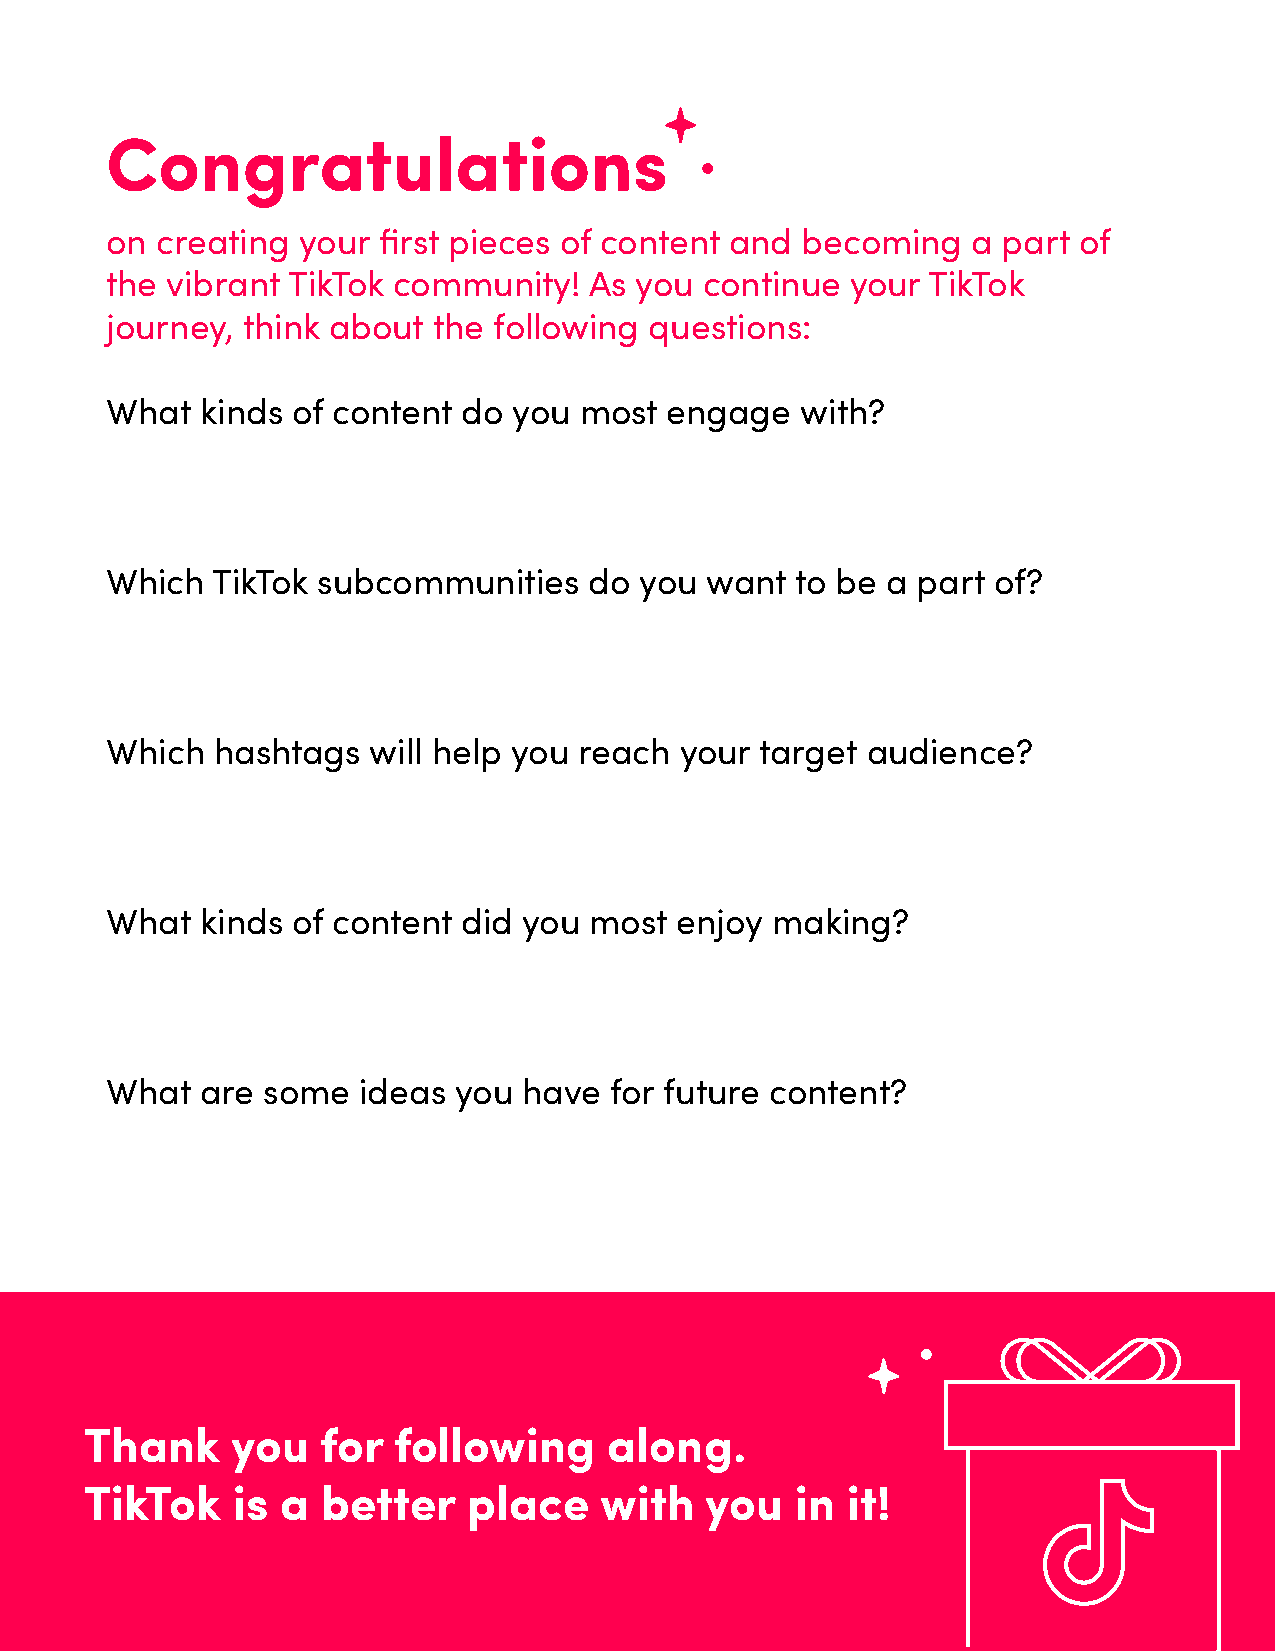
Congratulations
 on creating  your first pieces of content and becoming   a part of
 the vibrant TikTok community!   As you  continue your TikTok
 journey, think about  the following questions:
 What  kinds of content  do you most  engage   with?
 Which  TikTok subcommunities    do you  want  to be a part of?
 Which  hashtags  will help you reach  your target audience?
 What  kinds of content  did you most  enjoy making?
 What  are some   ideas you  have for future content?
 Thank    you   for  following     along.
 TikTok   is  a better    place    with   you   in it!